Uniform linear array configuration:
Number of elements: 24
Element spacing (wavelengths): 0.5
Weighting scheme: hamming
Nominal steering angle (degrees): -15
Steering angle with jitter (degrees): -13.857
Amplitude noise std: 0.05
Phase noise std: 0.05

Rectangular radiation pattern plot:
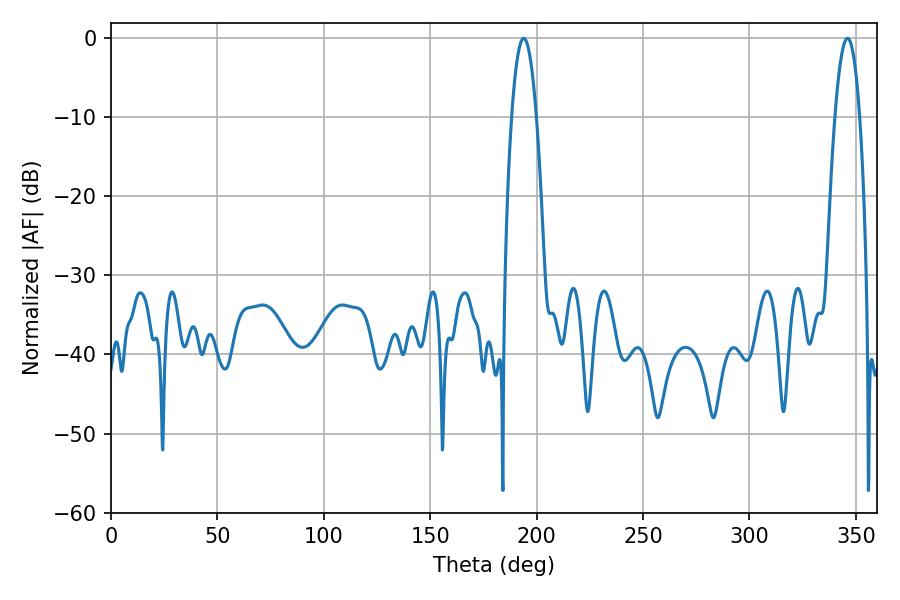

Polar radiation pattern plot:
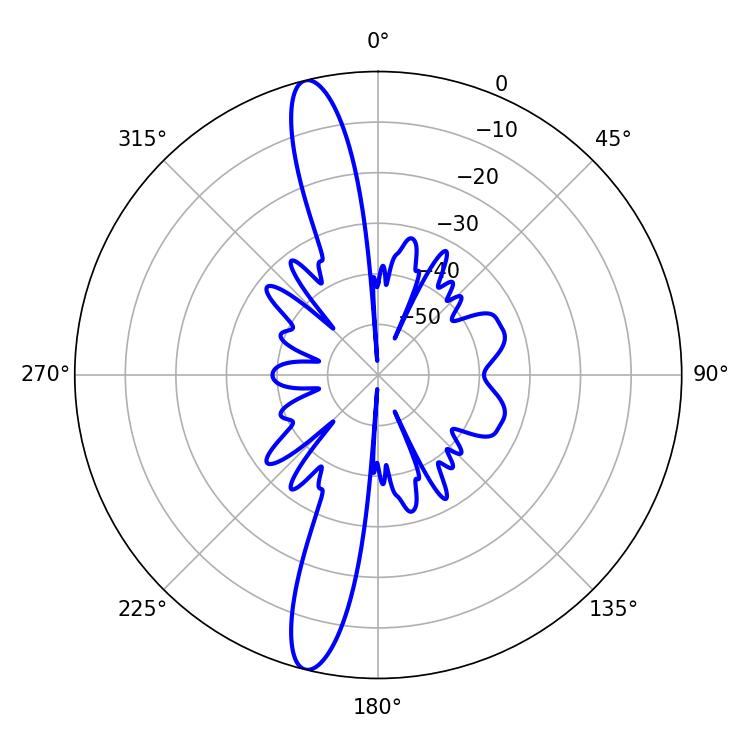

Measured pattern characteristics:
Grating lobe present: FALSE
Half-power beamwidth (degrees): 6.3
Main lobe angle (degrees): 346.14